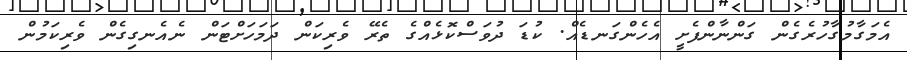
އެމަގާމުގާހުރެގެން ގަންނާންފެށީ އެހެންގަނޑެއް. ކުޑަ ދުވަސްކޮޅެއްގެ ތެރޭ ވެރިކަން ދަމަހަށްޓަން ނެއެނގިގެން ވެރިކަމުން